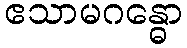
ဧသာမဂန္ဓော